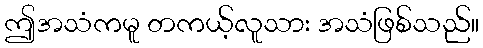
ဤအသံကမူ တကယ့်လူသား အသံဖြစ်သည်။